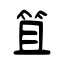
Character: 笡